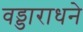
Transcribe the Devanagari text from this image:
वड्डाराधने